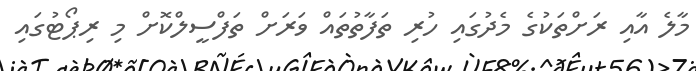
މާލެ އާއި ރަށްތަކުގެ މެދުގައި ހުރި ތަފާތުތައް ވަރަށް ތަފްސީލްކޮށް މި ރިޕޯޓުގައި